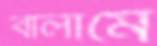
বালামে